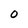
Character: O